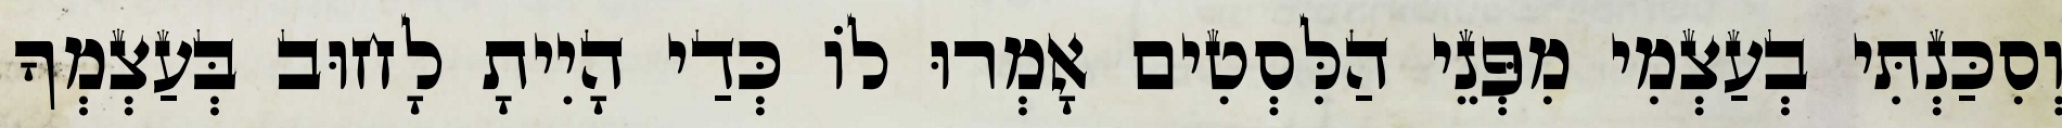
וְסִכַּנְתִּי בְעַצְמִי מִפְּנֵי הַלִּסְטִים אָמְרוּ לוֹ כְּדַי הָיִיתָ לָחוּב בְּעַצְמְךָ